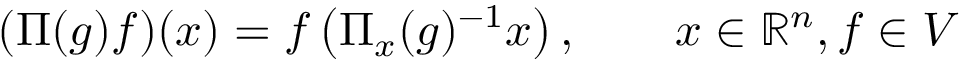
( \Pi ( g ) f ) ( x ) = f \left( \Pi _ { x } ( g ) ^ { - 1 } x \right) , \qquad x \in \mathbb { R } ^ { n } , f \in V